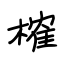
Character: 榷